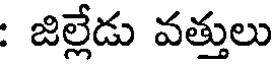
: జిల్లేడు వత్తులు